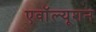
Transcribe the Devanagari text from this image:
एवॉल्यूशन